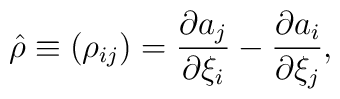
\hat\rho\equiv(\rho_{ij})={\partial a_j\over\partial\xi_i}-{\partial a_i\over\partial\xi_j},